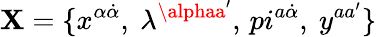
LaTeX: \mathbf{X}=\{ x^{\alpha\dot{{\alpha}}},\ \lambda^{\alphaa^{\prime}},\, pi^{a\dot{{\alpha}}},\ y^{aa^{\prime}}\}